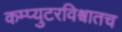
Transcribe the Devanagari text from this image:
कम्प्युटरविश्वातच